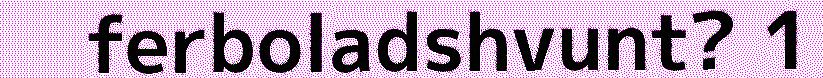
ferboladshvunt? 1